system: You are a helpful assistant.
user:
Analyze the provided spectrum to determine if it is a **Carbon Star (C-type)**.

- **Key Visual Indicators of Carbon Star:**
    - **(Primary):** Strong molecular absorption from **C₂ (diatomic carbon) "Swan Bands."** This is the **defining feature** of a carbon star.
        - **(Key Bandheads):** Sharp absorption edges are visible at approximately $5635$ Å, $5165$ Å (the strongest band), and $4737$ Å.
        - **(Line Profile):** Creates a distinct **"saw-tooth"** pattern. The key morphology is a sharp, steep bandhead on the **red (long-wavelength) side**, which then gradually tapers off (i.e., flux recovers) towards the **blue (short-wavelength) side**. *(This is the direct opposite of the TiO bands seen in M-type stars)*.

    - **(Secondary):** Intense **CN (cyanogen)** molecular absorption bands.
        - **(Key Bandheads):** Located in the blue and violet regions of the spectrum (e.g., near $4215$ Å and $3883$ Å).
        - **(Morphology):** These bands are extremely broad and act as a "blanket," absorbing the vast majority of blue and violet light. This creates a characteristic **"cliff"** or **"steep drop-off"** in the spectrum's flux at short wavelengths.

    - **(Key Confirmation):** Strong **CH absorption band (G-band)**.
        - **(Key Bandhead):** Located around $4300$ Å. The contribution from CH molecules to this band is exceptionally strong.

    - **(Overall Spectrum):**
        - The continuum is severely "chopped up" by these deep molecular bands, especially C₂, rather than appearing as a smooth curve.
        - Due to the heavy CN and C₂ absorption in the blue-green, the vast majority of the star's flux is concentrated in the red part of the spectrum, giving the star its characteristic deep red color.

Think first, call **spectral_visualization_tool** if needed to examine features in detail, then provide your final answer. Your response must adhere to the following strict rules:
1.  **Overall Structure:** Your response must follow the format `<think>...</think> <tool_call>...</tool_call> (if a tool is used) <answer>...</answer>`.
2.  **Tool Usage Constraint:** You may only make **one** tool call per turn.
3.  **Final Answer Format:** In the `<answer>` tag, your conclusion must be inside a `\boxed{}` command (e.g., `\boxed{YES}`), followed by your justification.

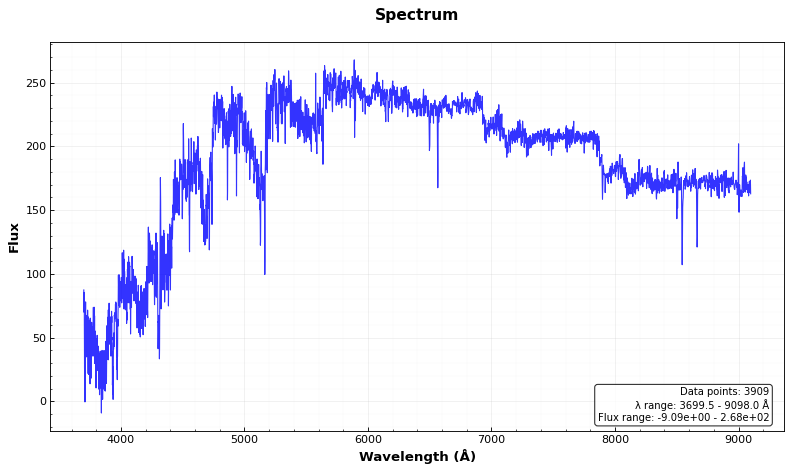
Answer: YES